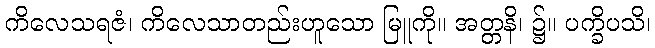
ကိလေသရဇံ၊ ကိလေသာတည်းဟူသော မြူကို။ အတ္တနိ၊ ၌။ ပက္ခိပသိ၊